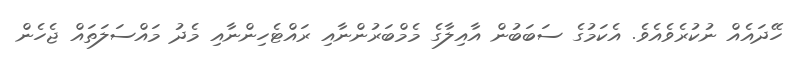
ހޭދައެއް ނުކުރެވެއެވެ. އެކަމުގެ ސަބަބުން އާއިލާގެ މެމްބަރުންނާއި ރައްޓެހިންނާއި މެދު މައްސަލަތައް ޖެހެން